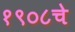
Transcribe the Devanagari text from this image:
१९०८चे